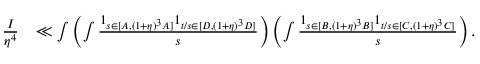
\begin{array} { r l } { \frac { I } { \eta ^ { 4 } } } & { \ll \int \left( \int \frac { 1 _ { s \in [ A , ( 1 + \eta ) ^ { 3 } A ] } 1 _ { t / s \in [ D , ( 1 + \eta ) ^ { 3 } D ] } } { s } \d s \right) \left( \int \frac { 1 _ { s \in [ B , ( 1 + \eta ) ^ { 3 } B ] } 1 _ { t / s \in [ C , ( 1 + \eta ) ^ { 3 } C ] } } { s } \d s \right) \d t . } \end{array}